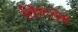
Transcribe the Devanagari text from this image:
किल्हम